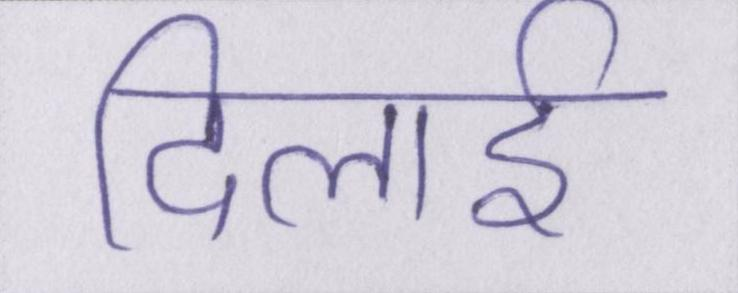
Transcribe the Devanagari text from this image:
दिलाई